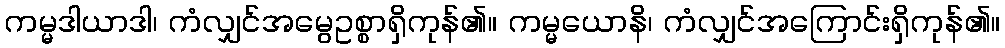
ကမ္မဒါယာဒါ၊ ကံလျှင်အမွေဥစ္စာရှိကုန်၏။ ကမ္မယောနိ၊ ကံလျှင်အကြောင်းရှိကုန်၏။